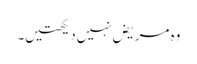
وہ مریض‌نہیں‌دیکھتیں۔